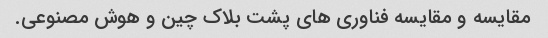
مقایسه و مقایسه فناوری های پشت بلاک چین و هوش مصنوعی.